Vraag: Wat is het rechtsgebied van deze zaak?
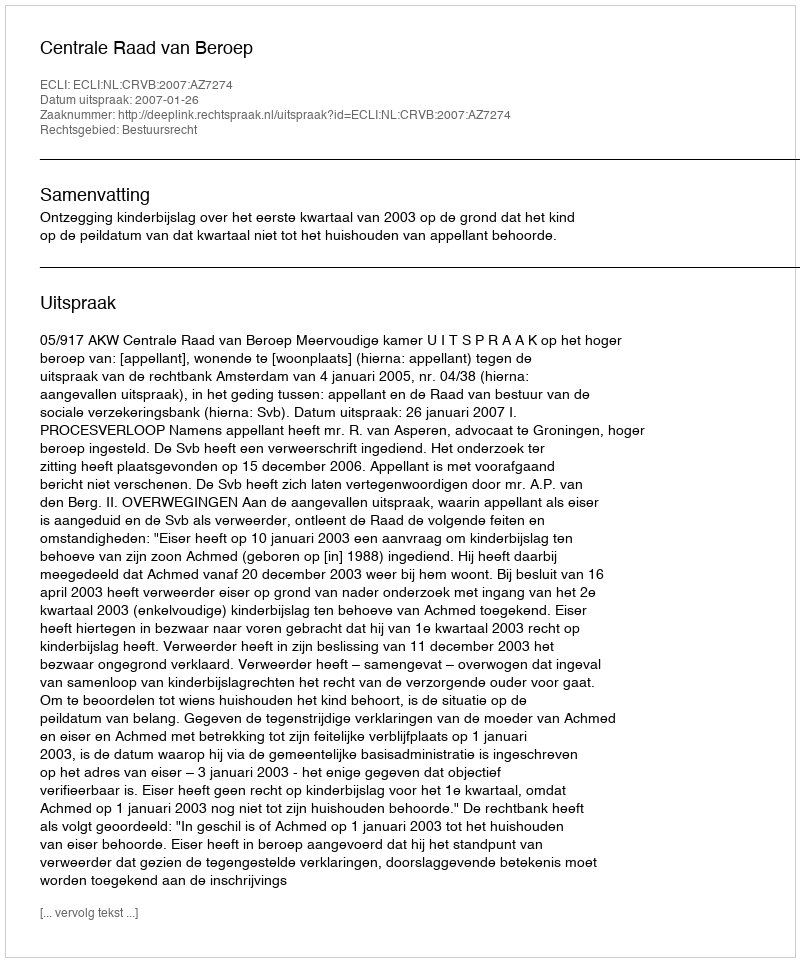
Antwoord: Bestuursrecht